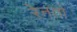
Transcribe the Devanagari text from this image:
रेनतो